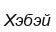
Хэбэй